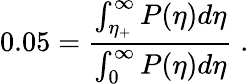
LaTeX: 0.05=\frac{\int_{\eta_{+}}^{\infty}P(\eta)d\eta}{\int_{0}^{\infty}P(\eta)d\eta}\; .